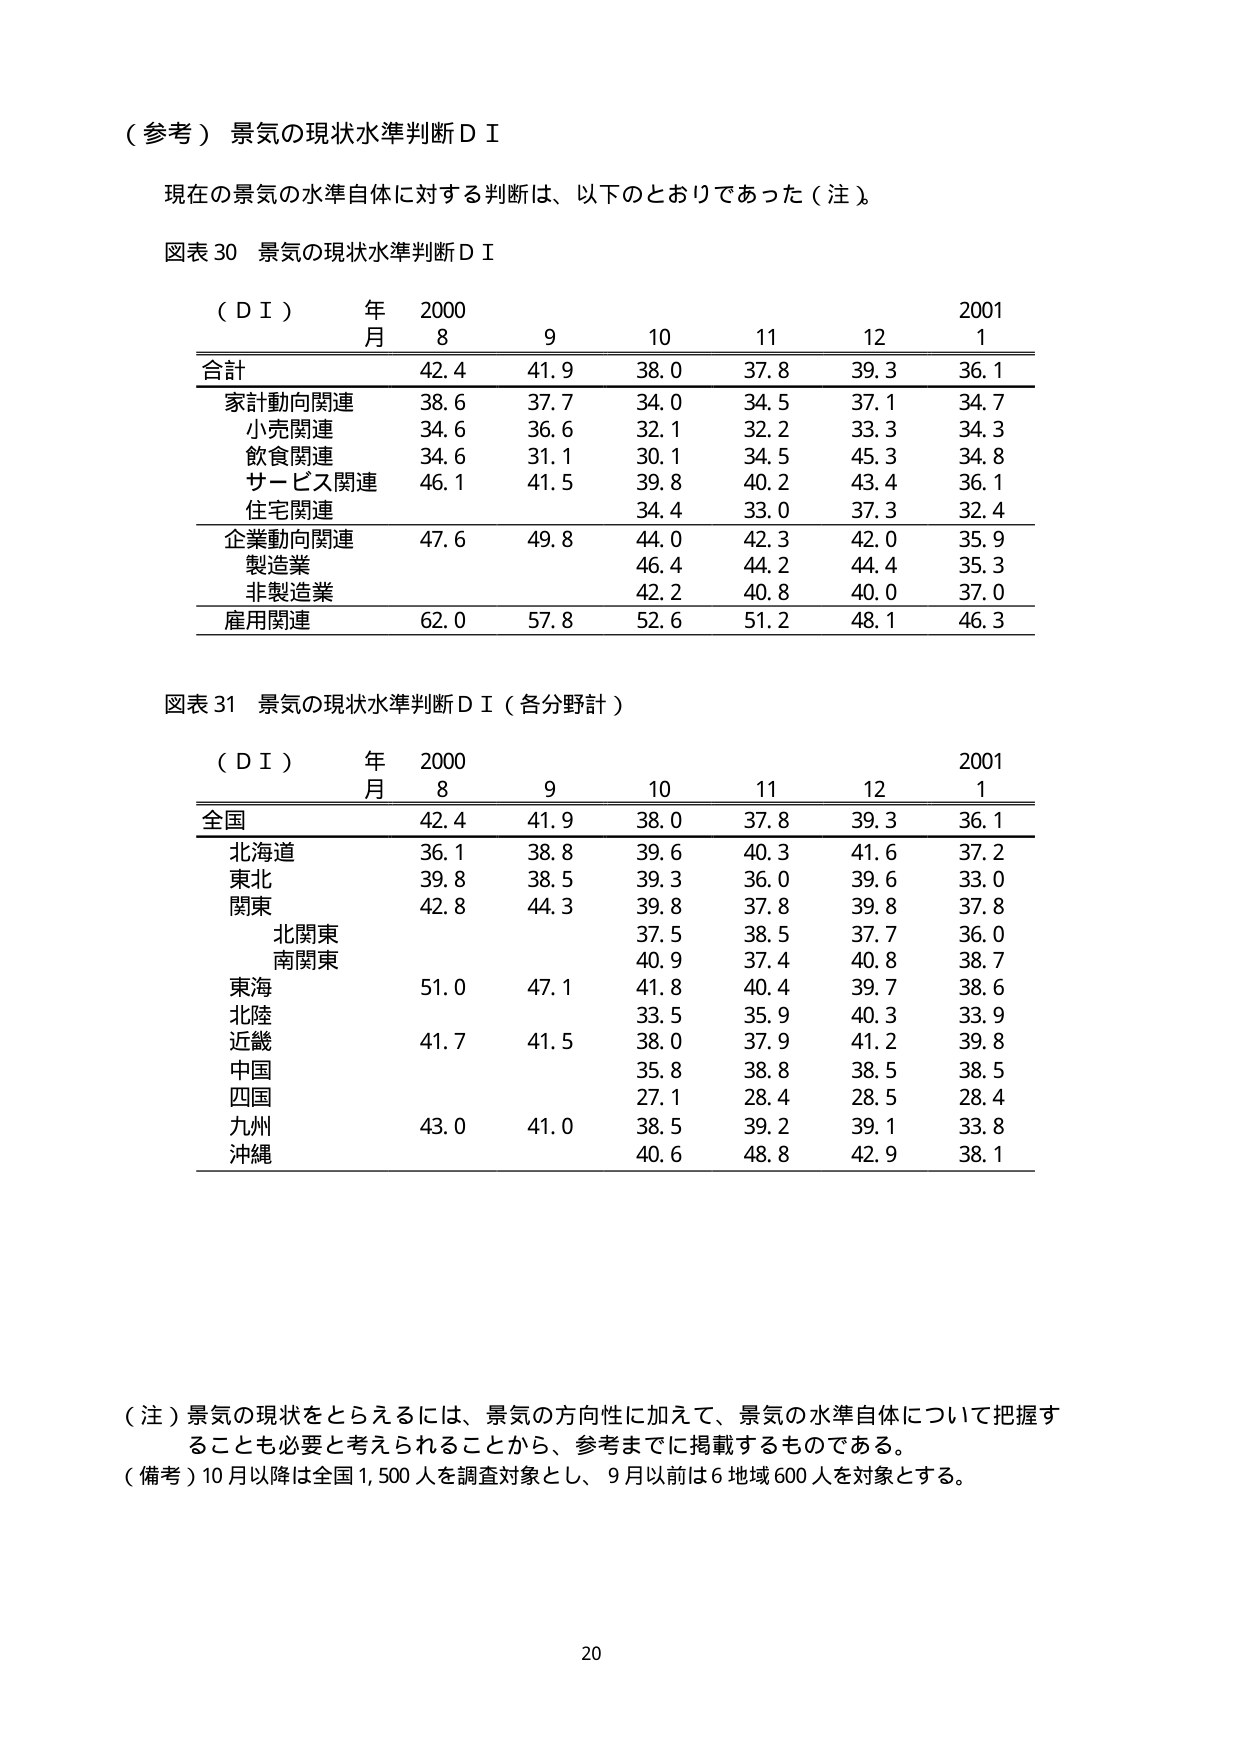
（参考）景気の現状水準判断ＤＩ

現在の景気の水準自体に対する判断は、以下のとおりであった（注）。

図表30 景気の現状水準判断ＤＩ

（ＤＩ） 年 2000 2001
　　　　月 8 9 10 11 12 1

合計 42.4 41.9 38.0 37.8 39.3 36.1
家計動向関連 38.6 37.7 34.0 34.5 37.1 34.7
　小売関連 34.6 36.6 32.1 32.2 33.3 34.3
　飲食関連 34.6 31.1 30.1 34.5 45.3 34.8
　サービス関連 46.1 41.5 39.8 40.2 43.4 36.1
　住宅関連 34.4 33.0 37.3 32.4
企業動向関連 47.6 49.8 44.0 42.3 42.0 35.9
　製造業 46.4 44.2 44.4 35.3
　非製造業 42.2 40.8 40.0 37.0
雇用関連 62.0 57.8 52.6 51.2 48.1 46.3

図表31 景気の現状水準判断ＤＩ（各分野計）

（ＤＩ） 年 2000 2001
　　　　月 8 9 10 11 12 1

全国 42.4 41.9 38.0 37.8 39.3 36.1
北海道 36.1 38.8 39.6 40.3 41.6 37.2
東北 39.8 38.5 39.3 36.0 39.6 33.0
関東 42.8 44.3 39.8 37.8 39.8 37.8
　北関東 37.5 38.5 37.7 36.0
　南関東 40.9 37.4 40.8 38.7
東海 51.0 47.1 41.8 40.4 39.7 38.6
北陸 33.5 35.9 40.3 33.9
近畿 41.7 41.5 38.0 37.9 41.2 39.8
中国 35.8 38.8 38.5 38.5
四国 27.1 28.4 28.5 28.4
九州 43.0 41.0 38.5 39.2 39.1 33.8
沖縄 40.6 48.8 42.9 38.1

（注）景気の現状をとらえるには、景気の方向性に加えて、景気の水準自体について把握することも必要と考えられることから、参考までに掲載するものである。
（備考）10月以降は全国1,500人を調査対象とし、9月以前は6地域600人を対象とする。

20